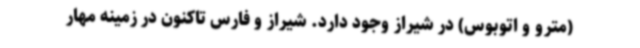
(مترو و اتوبوس) در شیراز وجود دارد. شیراز و فارس تاکنون در زمینه مهار